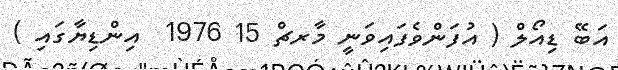
އަބޭ ޑިއޯލް ( އުފަންވެފައިވަނީ މާރޗް 15 1976  އިންޑިޔާގައި )